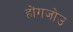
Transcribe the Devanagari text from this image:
होंगजोउ